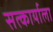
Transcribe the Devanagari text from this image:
सत्कार्याला